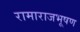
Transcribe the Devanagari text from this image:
रामाराजभूषण